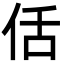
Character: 佸